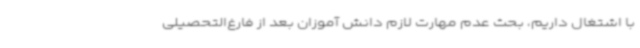
با اشتغال داریم، بحث عدم مهارت لازم دانش آموزان بعد از فارغ‌التحصیلی